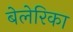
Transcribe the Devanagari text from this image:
बेलेरिका